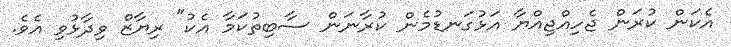
އެކަން ކުރަން ޖެހިއްޖިއްޔާ އަޅުގަނޑުމެން ކުރާނަން ސާބިތުކަމާ އެކު" ރިޔާޒް ވިދާޅުވި އެވެ.